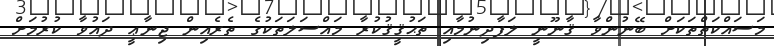
މަސައްކަތްތަކަށް ބޭނުންވާ ޤާނޫނީ ލަފާދިނުމާއި ތަޙުޤީޤުކުރާ މައްސަލަތަކުގެ ތެރެއިން ޖިނާޢީ ދައުވާ ކުރުމަށް